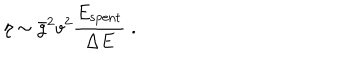
\eta \sim \bar { g } ^ { 2 } v ^ { 2 } \frac { E _ { \mathrm { s p e n t } } } { \Delta E } \; .